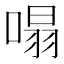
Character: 𠹥